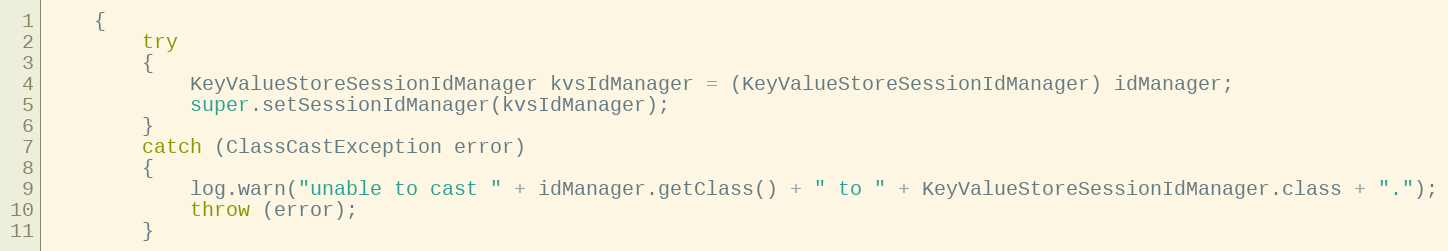
Language: Java
    {
        try
        {
            KeyValueStoreSessionIdManager kvsIdManager = (KeyValueStoreSessionIdManager) idManager;
            super.setSessionIdManager(kvsIdManager);
        }
        catch (ClassCastException error)
        {
            log.warn("unable to cast " + idManager.getClass() + " to " + KeyValueStoreSessionIdManager.class + ".");
            throw (error);
        }